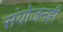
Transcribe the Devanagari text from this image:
संयोजनही